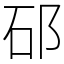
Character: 䂙